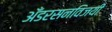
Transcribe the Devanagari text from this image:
अँडरसनविजयी